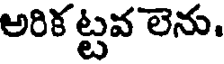
అరిక ట్టవ లెను.